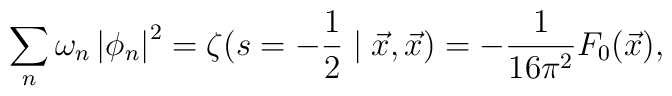
\sum_{n}\omega _{n}\left| \phi _{n}\right| ^{2}=\zeta(s=-\frac{1}{2}\mid \vec{x},\vec{x})=-\frac{1}{16\pi ^{2}}F_{0}(\vec{x}),